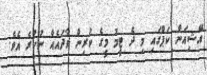
އޭޝިއަން ކަޕްގައި މި ދެ ޓީމު މީގެ ކުރިން ވާދައެއް ނުކުރެ އެވެ.